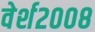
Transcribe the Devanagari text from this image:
वेर्श२००८